Plague in India, 1896, 1897 - Volume 2
Year: 1896
Disease focus: Plague
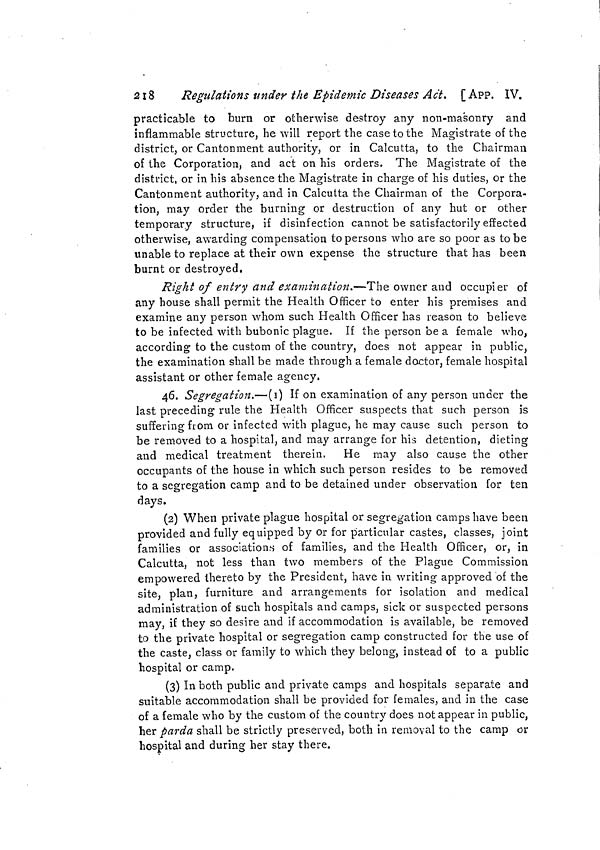
261
APP. IX. ]
spread of infection by sea.
8. Disobedience to any of the above Rules Nos, 1 to 6, will
subject the offender and all persons aiding or abetting him
to a prosecution under the Indian Penal Code.
BENGAL.
No. 78.
Notification by the Government of Bengal, No. 3, dated the loth February
1897.
In exercise of the powers conferred by section 2 of the Epidemic
Diseases Act, 1897, and by the Notification of the Government of
India in the Home Department, No. 202, dated the 4th instant, the
Lieutenant-Governor of Bengal is pleased to prescribe the following
regulations for the inspection of ships or vessels leaving the Port of
Calcutta, and the detention thereof, or of persons intending to sail
therein :—
1. Before leaving the port all vessels, including buggalows and
other native crafts, shall be inspected by the Port Health Officer, who,
if he finds no reason for suspecting that any person on board is in-
fected with bubonic plague, shall deliver to the master a bill of health
in the form annexed.
2. If any person on board is suffering from, or is suspected by the
Health Officer to be infected with, bubonic plague, the Health Officer
shall order the vessel to be detained for not less than seven days at
the quarantine anchorage appointed by the Port Officer and to be
thoroughly disinfected before departure.
3. The Health Officer shall at the same time cause any person
suffering from the plague to be removed to a plague hospital, and any
person suspected of being infected to be kept under observation for
not less than seven days in the place appointed for this purpose by
the Medical Board.
4. If during the period of detention no fresh case occurs on the
vessel and no person on board shows suspicious symptoms, the vessel
may be permitted to proceed ; and if during the same period the
persons detained under observation are proved not to be suffering
from plague or any other infectious disease, they may continue their
voyage,
5. No pilgrim or other native passenger shall leave the Port of
Calcutta for any port in the Red Sea unless he has been under con-
tinuous medical observation for at least seven days in a place appoint-
ed by the Lieutenant-Governor for that purpose, and is pronounced
free from infection before departure by the medical officer in charge
of such place.